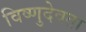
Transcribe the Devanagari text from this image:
विष्णुदेवता